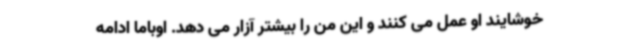
خوشایند او عمل می کنند و این من را بیشتر آزار می دهد. اوباما ادامه